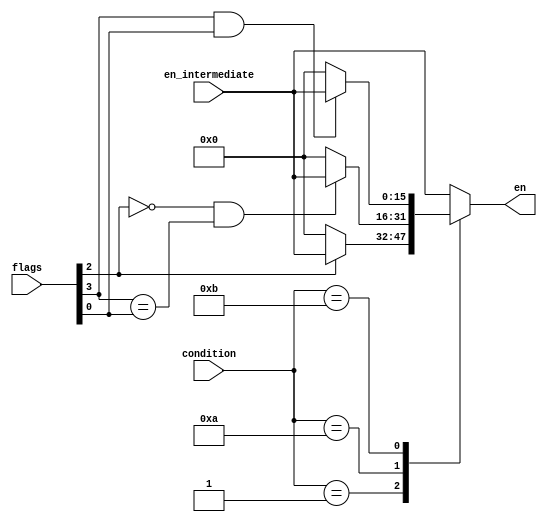
module flags_enabler(condition, flags, en_intermediate, en);

input [3:0] condition, flags;
input [15:0] en_intermediate;

output reg [15:0] en;


//(NZCV)

always @ (*)
begin

case(condition)
	0001: if(flags[2] == 1'b1) en=en_intermediate; else en=16'b0;
	0010: if( (flags[2] == 1'b0) && (flags[3] == flags[0])) en=en_intermediate; else en=16'b0;
	0011: if( (flags[3] == 1'b1) && (flags[0] == 1'b1)) en=en_intermediate; else en=16'b0;
	0100: if( flags[3] == flags[0] ) en=en_intermediate; else en=16'b0;
	0101: if( (flags[3] == 1'b1) || ((flags[3] == 1'b1) && (flags[0] == 1'b1))) en=en_intermediate; else en=16'b0;
	0110: if( (flags[1] == 1'b1) && (flags[3] == 1'b0)) en=en_intermediate; else en=16'b0;
	0111: if( (flags[1] == 1'b0) && (flags[3] == 1'b1) ) en=en_intermediate; else en=16'b0;
	1000: if( ((flags[1] == 1'b1) && (flags[3] == 1'b0)) || (flags[3] == 1'b1)) en=en_intermediate; else en=16'b0;
	default: en=en_intermediate;
endcase
end
endmodule